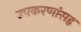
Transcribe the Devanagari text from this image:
उपकरणांसह